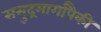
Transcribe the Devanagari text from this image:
समुद्रमार्गांपैकी